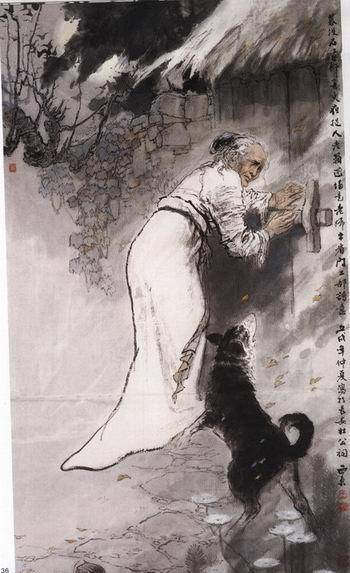
吏呼一何怒，妇啼一何苦。